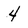
Character: 4